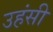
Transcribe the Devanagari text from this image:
उहंसी